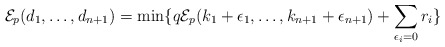
\begin{align*}\mathcal{E}_p(d_1, \ldots , d_{n+1})=\mathrm{min}\{q\mathcal{E}_p(k_1+\epsilon_1, \ldots, k_{n+1}+\epsilon_{n+1})+\sum_{\epsilon_i=0}r_i\}\end{align*}